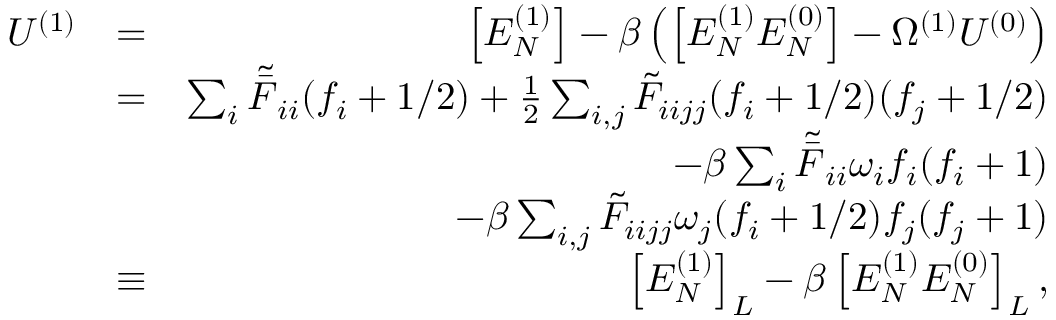
\begin{array} { r l r } { U ^ { ( 1 ) } } & { = } & { \left[ E _ { N } ^ { ( 1 ) } \right] - \beta \left( \left[ E _ { N } ^ { ( 1 ) } E _ { N } ^ { ( 0 ) } \right] - \Omega ^ { ( 1 ) } U ^ { ( 0 ) } \right) } \\ & { = } & { \sum _ { i } \tilde { \bar { F } } _ { i i } { ( f _ { i } + 1 / 2 ) } + \frac { 1 } { 2 } \sum _ { i , j } \tilde { F } _ { i i j j } ( f _ { i } + 1 / 2 ) ( f _ { j } + 1 / 2 ) } \\ & { } & { - { \beta } \sum _ { i } \tilde { \bar { F } } _ { i i } \omega _ { i } f _ { i } ( f _ { i } + 1 ) } \\ & { } & { - { \beta } \sum _ { i , j } \tilde { F } _ { i i j j } \omega _ { j } ( f _ { i } + 1 / 2 ) f _ { j } ( f _ { j } + 1 ) } \\ & { \equiv } & { \left[ E _ { N } ^ { ( 1 ) } \right] _ { L } - \beta \left[ E _ { N } ^ { ( 1 ) } E _ { N } ^ { ( 0 ) } \right] _ { L } , } \end{array}